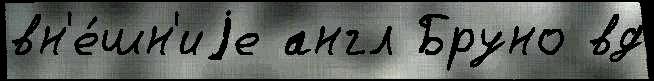
вн'е́шн'иjе англ Бруно вд